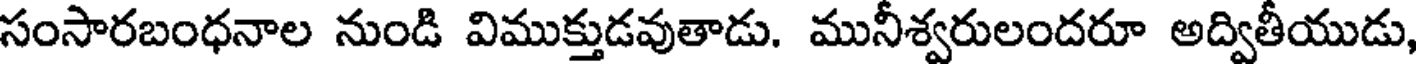
సంసారబంధనాల నుండి విముక్తుడవుతాడు. మునీశ్వరులందరూ అద్వితీయుడు,